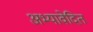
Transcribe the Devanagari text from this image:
अभ्यावेदित